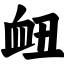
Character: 衄